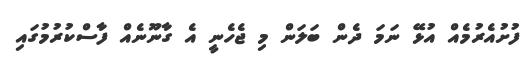
ފުށުއެރުމެއް އުޅޭ ނަމަ ދެން ބަލަން މި ޖެހެނީ އެ ގާނޫނެއް ފާސްކުރުމުގައި